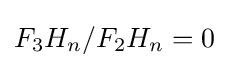
F_{3}H_{n}/F_{2}H_{n}=0